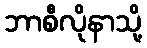
ဘာစီလိုနာသို့